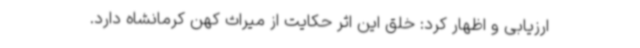
ارزیابی و اظهار کرد: خلق این اثر حکایت از میراث کهن کرمانشاه دارد.